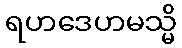
ရဟဒေဟမသ္မိ